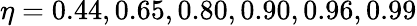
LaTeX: \eta=0.44,0.65,0.80,0.90,0.96,0.99